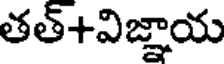
తత్+విజ్ఞాయ